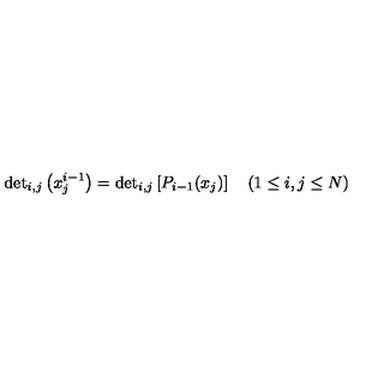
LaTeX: \mathrm { d e t } _ { i , j } \left( x _ { j } ^ { i - 1 } \right) = \mathrm { d e t } _ { i , j } \left[ P _ { i - 1 } ( x _ { j } ) \right] \quad ( 1 \leq i , j \leq N )